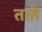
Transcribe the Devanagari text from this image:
ततो॑